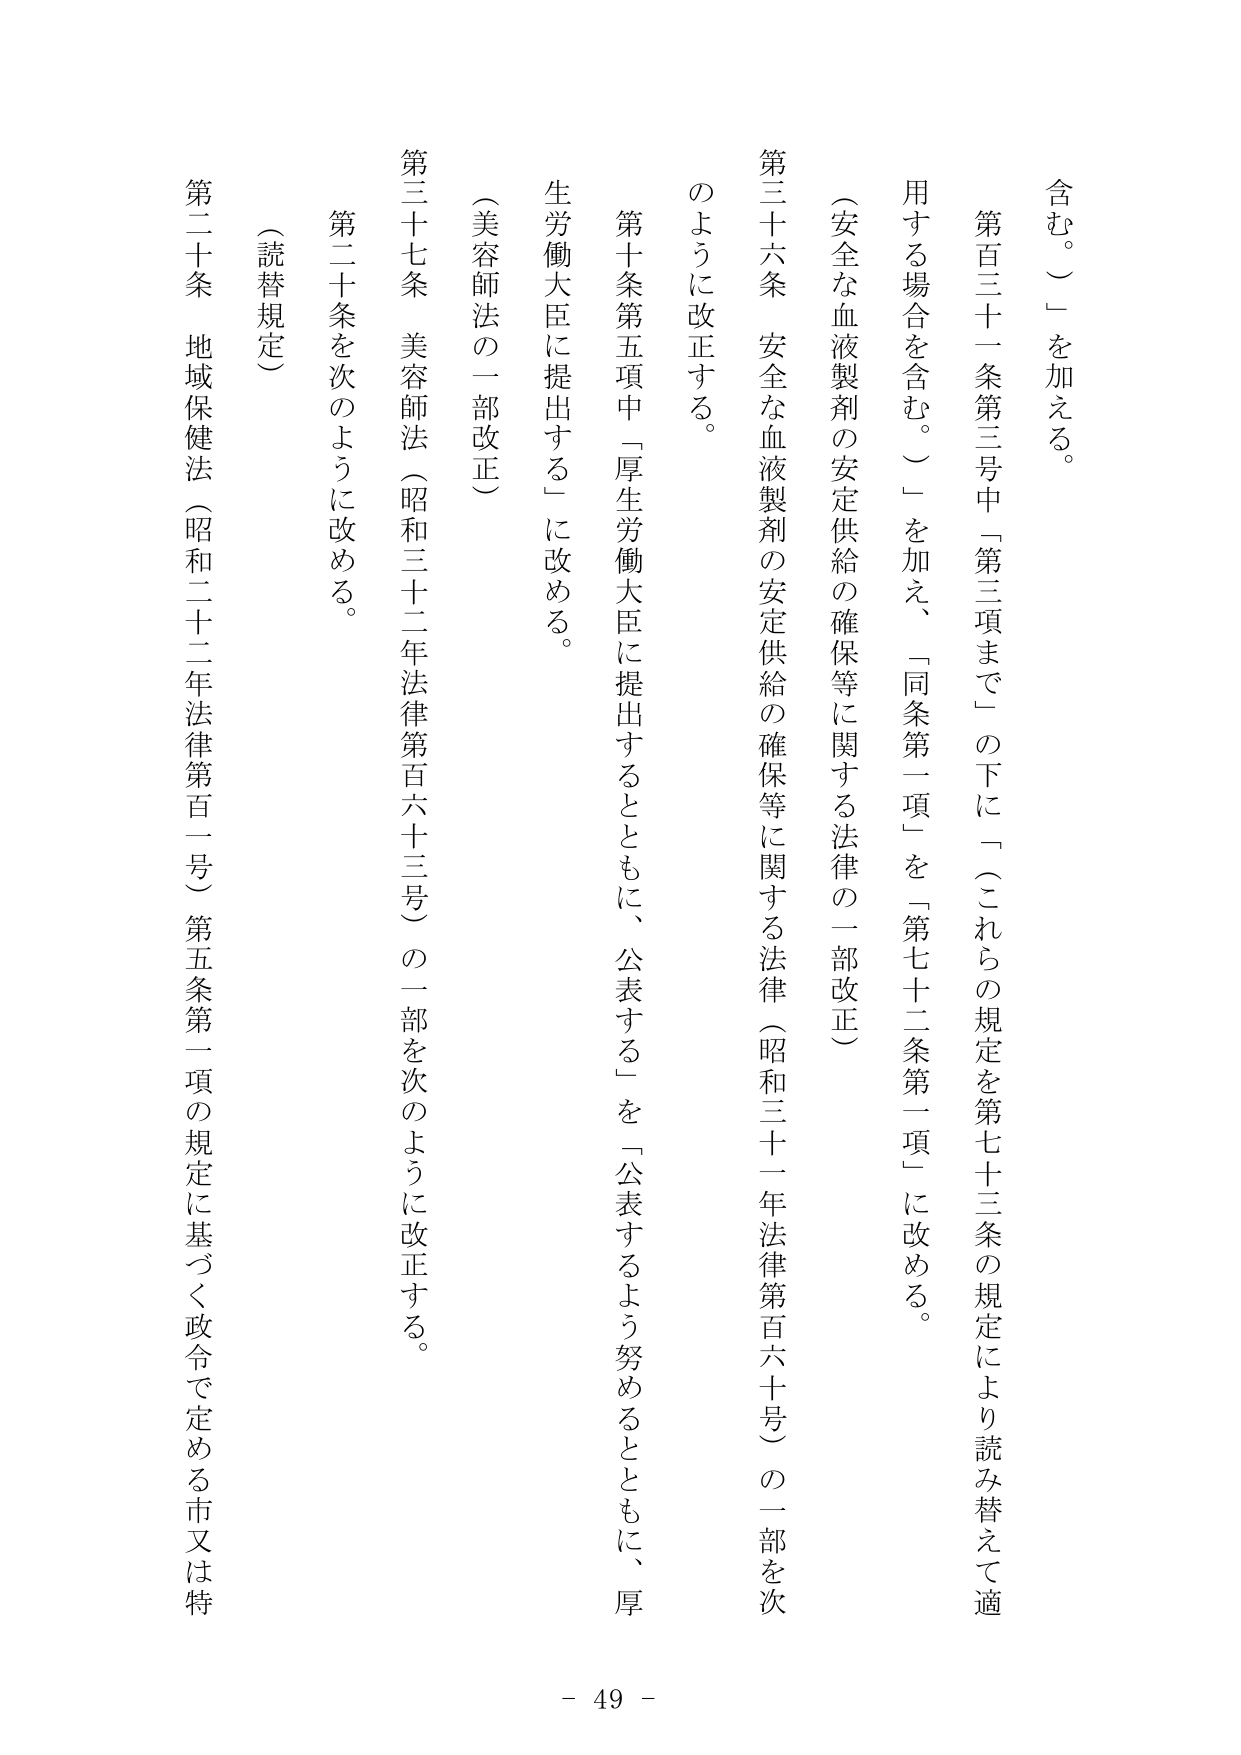
含む。）」を加える。

第百三十一条第三号中「第三項まで」の下に「（これらの規定を第七十三条の規定により読み替えて適用する場合を含む。）」を加え、「同条第一項」を「第七十二条第一項」に改める。

（安全な血液製剤の安定供給の確保等に関する法律の一部改正）

第三十六条　安全な血液製剤の安定供給の確保等に関する法律（昭和三十一年法律第百六十号）の一部を次のように改正する。

第十条第五項中「厚生労働大臣に提出するとともに、公表する」を「公表するよう努めるとともに、厚生労働大臣に提出する」に改める。

（美容師法の一部改正）

第三十七条　美容師法（昭和三十二年法律第百六十三号）の一部を次のように改正する。

第二十条を次のように改める。

（読替規定）

第二十条　地域保健法（昭和二十二年法律第百一号）第五条第一項の規定に基づく政令で定める市又は特

- 49 -